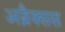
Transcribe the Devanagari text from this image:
अब्रैक्सस